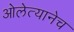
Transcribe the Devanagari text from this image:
ओलेत्यानेच